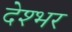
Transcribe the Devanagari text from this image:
देश्भर